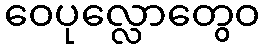
ဝေပုလ္လောတွေဝ